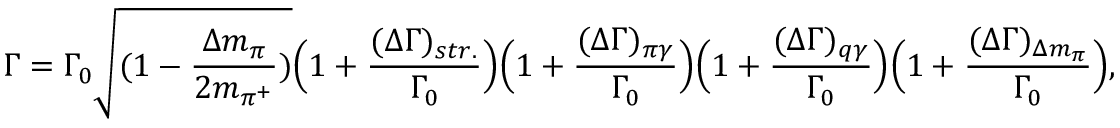
\Gamma = \Gamma _ { 0 } \sqrt { ( 1 - \frac { \Delta m _ { \pi } } { 2 m _ { \pi ^ { + } } } ) } \Big ( 1 + \frac { ( \Delta \Gamma ) _ { s t r . } } { \Gamma _ { 0 } } \Big ) \Big ( 1 + \frac { ( \Delta \Gamma ) _ { \pi \gamma } } { \Gamma _ { 0 } } \Big ) \Big ( 1 + \frac { ( \Delta \Gamma ) _ { q \gamma } } { \Gamma _ { 0 } } \Big ) \Big ( 1 + \frac { ( \Delta \Gamma ) _ { \Delta m _ { \pi } } } { \Gamma _ { 0 } } \Big ) ,